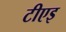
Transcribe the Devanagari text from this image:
टीएइ